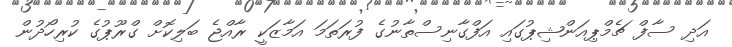
އަދި ސާފް ޗެމްޕިއަންޝިޕުގައި އަފްގާނިސްތާނުގެ ފުރަތަމަ އަމާޒަކީ ރާއްޖެ ބަލިކޮށް ގްރޫޕުގެ ކުރިހޯދުން